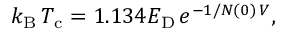
k _ { \mathrm { { B } } } \, T _ { \mathrm { { c } } } = 1 . 1 3 4 E _ { \mathrm { { D } } } \, { e ^ { - 1 / N ( 0 ) \, V } } ,